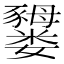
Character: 𫲜